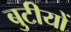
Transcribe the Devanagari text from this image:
बुटीयों